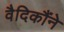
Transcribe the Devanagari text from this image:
वैदिकौंने